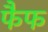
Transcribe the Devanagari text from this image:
फैफ